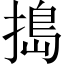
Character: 搗